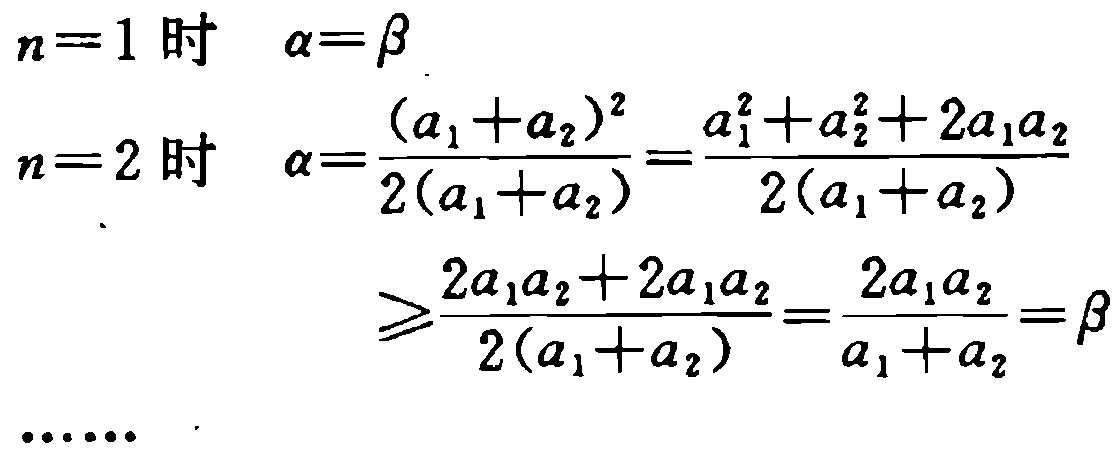
\begin{align*}

n = 1\text{ 时} \quad &\alpha=\beta \\

n = 2\text{ 时} \quad &\alpha=\frac{(a_1 + a_2)^2}{2(a_1 + a_2)}=\frac{a_1^2 + a_2^2 + 2a_1a_2}{2(a_1 + a_2)}\\

&\geqslant\frac{2a_1a_2 + 2a_1a_2}{2(a_1 + a_2)}=\frac{2a_1a_2}{a_1 + a_2}=\beta

\end{align*}

……